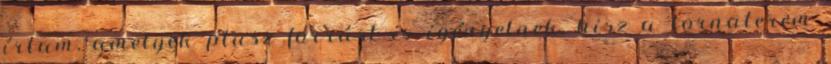
írtam, amelyek plusz forrást is igényelnek, hisz a tornaterem